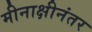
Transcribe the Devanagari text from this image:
मीनाक्षीनंतर